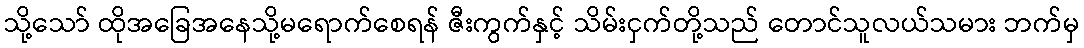
သို့သော် ထိုအခြေအနေသို့မရောက်စေရန် ဇီးကွက်နှင့် သိမ်းငှက်တို့သည် တောင်သူလယ်သမား ဘက်မှ